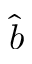
\hat { b }